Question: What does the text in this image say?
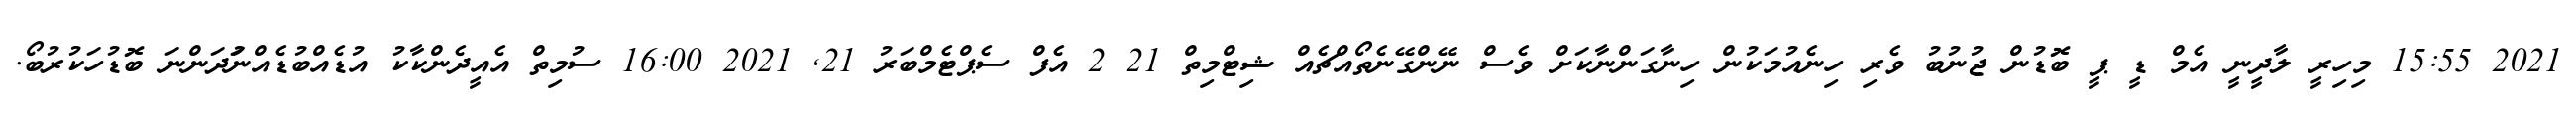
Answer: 2021 15:55 މިހިރީ ލާދީނީ އެމް ޑީ ޕީ ބޮޑުން ޖުނުބު ވެރި ހިނެއުމަކުން ހިނާގަންނާކަށް ވެސް ނޭންގޭނެތޯއްޗެއް ޝިޓްމިތް 21 2 އެފް ސެޕްޓެމްބަރު 21, 2021 16:00 ސުމިތް އެއީދެންކާކު އުޑެއްބުޑެއްނުަދަންނަ ބޮޑުހަކުރުބޯ.